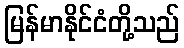
မြန်မာနိုင်ငံတို့သည်